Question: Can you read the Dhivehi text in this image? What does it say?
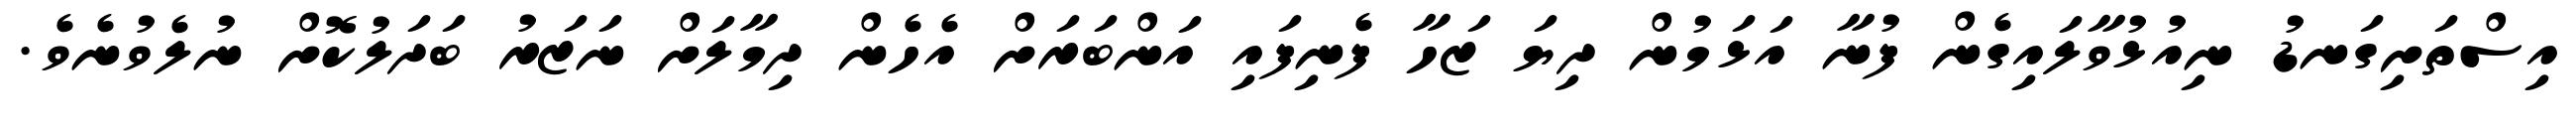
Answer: އިސްތަށިގަނޑު ނިއުޅުވާލައިގެން ފުނާ އަޅަމުން ދިޔަ ޒަހާ ފެނިފައި އަންބަރަށް އެހެން ދިމާލަށް ނަޒަރު ބަދަލުކޮށް ނުލެވުނެވެ.